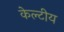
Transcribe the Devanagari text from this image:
केल्टीय